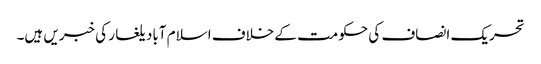
تحریک انصاف کی حکومت کے خلاف اسلام آباد یلغار کی خبریں ہیں۔